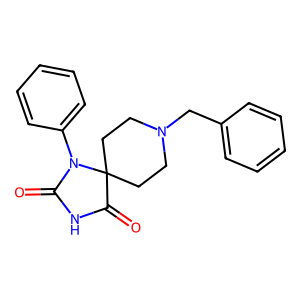
SMILES: O=C1NC(=O)C2(CCN(Cc3ccccc3)CC2)N1c1ccccc1
Inhibits HIV replication: No